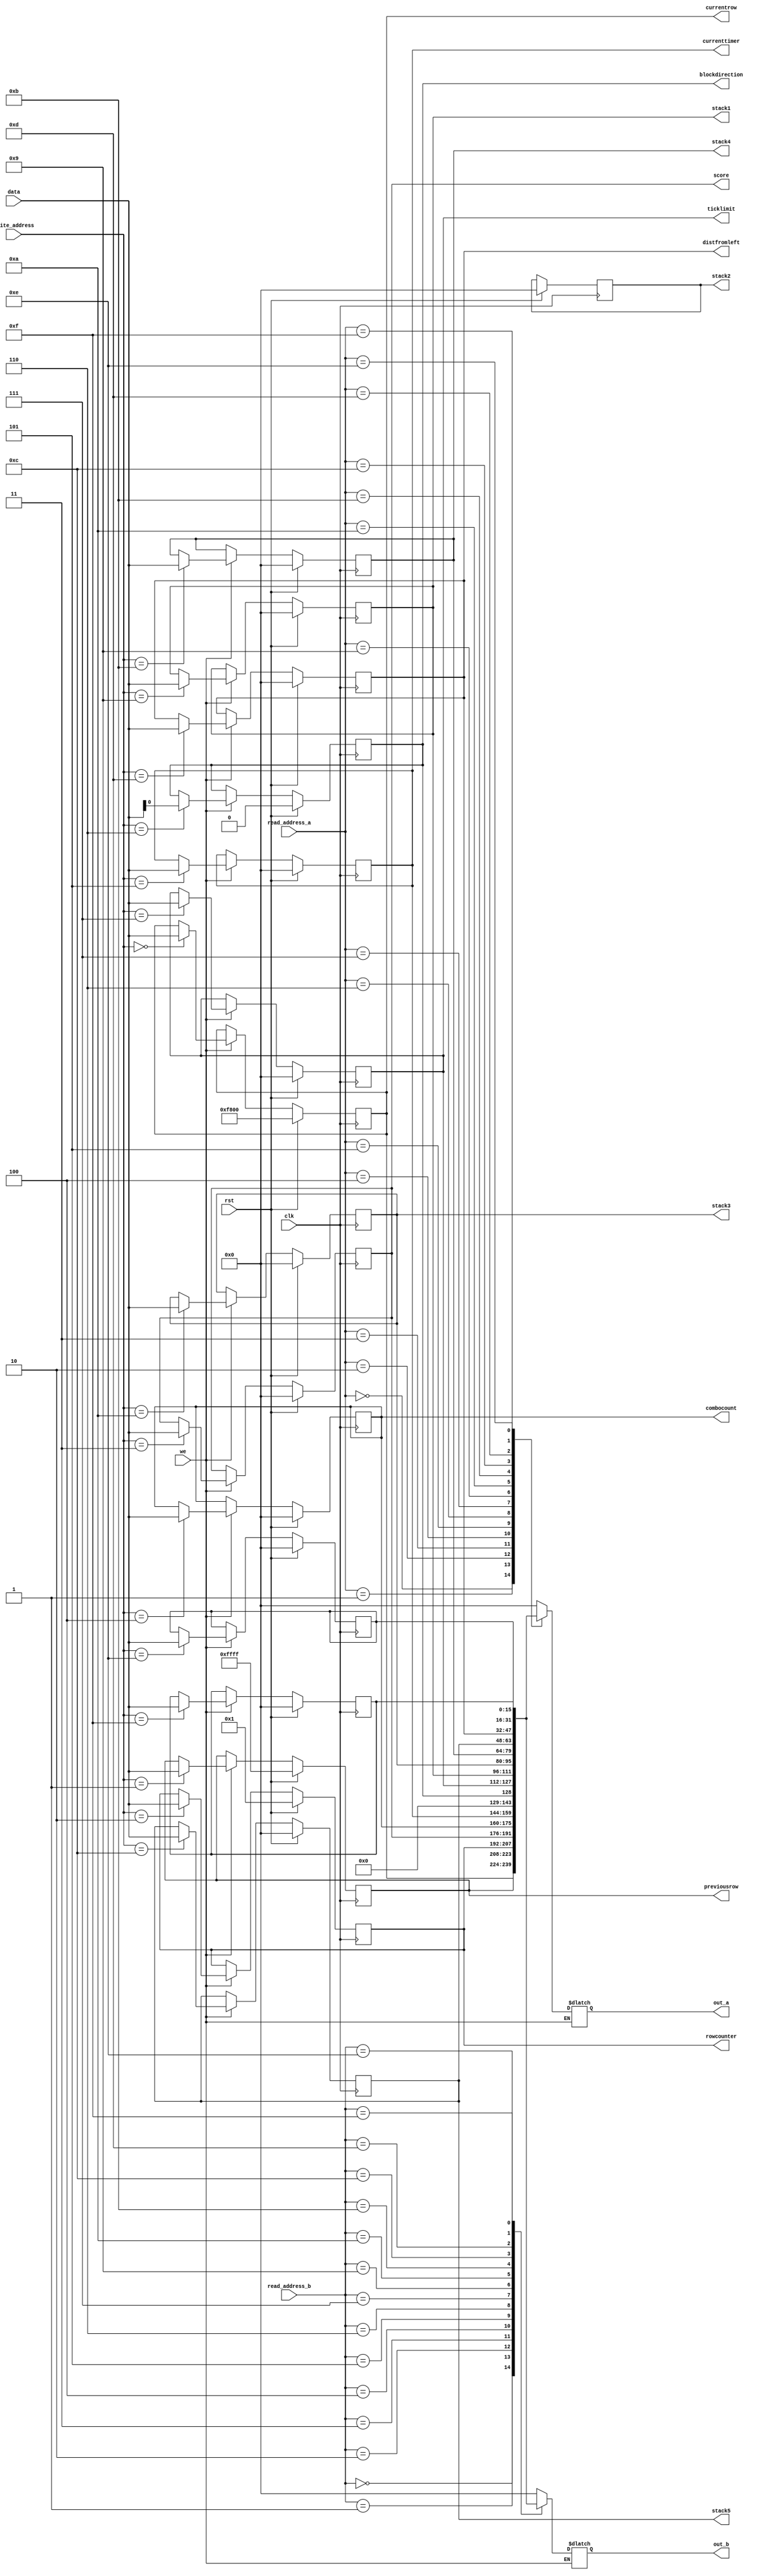
/*
   This file was generated automatically by Alchitry Labs version 1.2.7.
   Do not edit this file directly. Instead edit the original Lucid source.
   This is a temporary file and any changes made to it will be destroyed.
*/

module blockit_regfile_12 (
    input clk,
    input rst,
    input [3:0] write_address,
    input we,
    input [15:0] data,
    input [3:0] read_address_a,
    input [3:0] read_address_b,
    output reg [15:0] out_a,
    output reg [15:0] out_b,
    output reg [15:0] currentrow,
    output reg [15:0] previousrow,
    output reg [15:0] rowcounter,
    output reg [0:0] blockdirection,
    output reg [15:0] currenttimer,
    output reg [15:0] combocount,
    output reg [15:0] score,
    output reg [15:0] stack1,
    output reg [15:0] stack2,
    output reg [15:0] stack3,
    output reg [15:0] stack4,
    output reg [15:0] stack5,
    output reg [15:0] ticklimit,
    output reg [15:0] distfromleft
  );
  
  
  
  reg [15:0] M_current_row_d, M_current_row_q = 16'hf800;
  reg [15:0] M_previous_row_d, M_previous_row_q = 16'hffff;
  reg [0:0] M_block_direction_d, M_block_direction_q = 1'h0;
  reg [15:0] M_row_counter_d, M_row_counter_q = 1'h1;
  reg [15:0] M_totalscore_d, M_totalscore_q = 1'h0;
  reg [15:0] M_combo_count_d, M_combo_count_q = 1'h0;
  reg [15:0] M_current_timer_d, M_current_timer_q = 1'h0;
  reg [15:0] M_tick_limit_d, M_tick_limit_q = 1'h0;
  reg [15:0] M_stack_1_d, M_stack_1_q = 1'h0;
  reg [15:0] M_stack_2_d, M_stack_2_q = 1'h0;
  reg [15:0] M_stack_3_d, M_stack_3_q = 1'h0;
  reg [15:0] M_stack_4_d, M_stack_4_q = 1'h0;
  reg [15:0] M_stack_5_d, M_stack_5_q = 1'h0;
  reg [15:0] M_dist_from_left_d, M_dist_from_left_q = 1'h0;
  reg [15:0] M_temp2_d, M_temp2_q = 1'h0;
  reg [15:0] M_temp_d, M_temp_q = 1'h0;
  
  always @* begin
    M_temp_d = M_temp_q;
    M_block_direction_d = M_block_direction_q;
    M_totalscore_d = M_totalscore_q;
    M_combo_count_d = M_combo_count_q;
    M_temp2_d = M_temp2_q;
    M_current_row_d = M_current_row_q;
    M_row_counter_d = M_row_counter_q;
    M_current_timer_d = M_current_timer_q;
    M_stack_3_d = M_stack_3_q;
    M_dist_from_left_d = M_dist_from_left_q;
    M_stack_4_d = M_stack_4_q;
    M_stack_5_d = M_stack_5_q;
    M_previous_row_d = M_previous_row_q;
    M_tick_limit_d = M_tick_limit_q;
    M_stack_1_d = M_stack_1_q;
    M_stack_2_d = M_stack_2_q;
    
    if (we) begin
      
      case (write_address)
        4'h0: begin
          M_current_row_d = data;
        end
        4'h1: begin
          M_previous_row_d = data;
        end
        4'h2: begin
          M_row_counter_d = data;
        end
        4'h3: begin
          M_totalscore_d = data;
        end
        4'h4: begin
          M_combo_count_d = data;
        end
        4'h5: begin
          M_current_timer_d = data;
        end
        4'h6: begin
          M_block_direction_d = data[0+0-:1];
        end
        4'h7: begin
          M_tick_limit_d = data;
        end
        4'h9: begin
          M_stack_1_d = data;
        end
        4'h9: begin
          M_stack_2_d = data;
        end
        4'ha: begin
          M_stack_3_d = data;
        end
        4'hb: begin
          M_stack_4_d = data;
        end
        4'hc: begin
          M_stack_5_d = data;
        end
        4'hd: begin
          M_dist_from_left_d = data;
        end
        4'he: begin
          M_temp2_d = data;
        end
        4'hf: begin
          M_temp_d = data;
        end
      endcase
      
      case (read_address_a)
        4'h0: begin
          out_a = M_current_row_q;
        end
        4'h1: begin
          out_a = M_previous_row_q;
        end
        4'h2: begin
          out_a = M_row_counter_q;
        end
        4'h3: begin
          out_a = M_totalscore_q;
        end
        4'h4: begin
          out_a = M_combo_count_q;
        end
        4'h5: begin
          out_a = M_current_timer_q;
        end
        4'h6: begin
          out_a = M_block_direction_q;
        end
        4'h7: begin
          out_a = M_tick_limit_q;
        end
        4'h9: begin
          out_a = M_stack_1_q;
        end
        4'h9: begin
          out_a = M_stack_2_q;
        end
        4'ha: begin
          out_a = M_stack_3_q;
        end
        4'hb: begin
          out_a = M_stack_4_q;
        end
        4'hc: begin
          out_a = M_stack_5_q;
        end
        4'hd: begin
          out_a = M_dist_from_left_q;
        end
        4'he: begin
          out_a = M_temp2_q;
        end
        4'hf: begin
          out_a = M_temp_q;
        end
        default: begin
          out_a = 1'h0;
        end
      endcase
      
      case (read_address_b)
        4'h0: begin
          out_b = M_current_row_q;
        end
        4'h1: begin
          out_b = M_previous_row_q;
        end
        4'h2: begin
          out_b = M_row_counter_q;
        end
        4'h3: begin
          out_b = M_totalscore_q;
        end
        4'h4: begin
          out_b = M_combo_count_q;
        end
        4'h5: begin
          out_b = M_current_timer_q;
        end
        4'h6: begin
          out_b = M_block_direction_q;
        end
        4'h7: begin
          out_b = M_tick_limit_q;
        end
        4'h9: begin
          out_b = M_stack_1_q;
        end
        4'h9: begin
          out_b = M_stack_2_q;
        end
        4'ha: begin
          out_b = M_stack_3_q;
        end
        4'hb: begin
          out_b = M_stack_4_q;
        end
        4'hc: begin
          out_b = M_stack_5_q;
        end
        4'hd: begin
          out_b = M_dist_from_left_q;
        end
        4'he: begin
          out_b = M_temp2_q;
        end
        4'hf: begin
          out_b = M_temp_q;
        end
        default: begin
          out_b = 1'h0;
        end
      endcase
    end
    currentrow = M_current_row_q;
    previousrow = M_previous_row_q;
    rowcounter = M_row_counter_q;
    score = M_totalscore_q;
    combocount = M_combo_count_q;
    currenttimer = M_current_timer_q;
    blockdirection = M_block_direction_q;
    stack1 = M_stack_1_q;
    stack2 = M_stack_2_q;
    stack3 = M_stack_3_q;
    stack4 = M_stack_4_q;
    stack5 = M_stack_5_q;
    distfromleft = M_dist_from_left_q;
    ticklimit = M_tick_limit_q;
  end
  
  always @(posedge clk) begin
    if (rst == 1'b1) begin
      M_current_row_q <= 16'hf800;
      M_previous_row_q <= 16'hffff;
      M_block_direction_q <= 1'h0;
      M_row_counter_q <= 1'h1;
      M_totalscore_q <= 1'h0;
      M_combo_count_q <= 1'h0;
      M_current_timer_q <= 1'h0;
      M_tick_limit_q <= 1'h0;
      M_stack_1_q <= 1'h0;
      M_stack_2_q <= 1'h0;
      M_stack_3_q <= 1'h0;
      M_stack_4_q <= 1'h0;
      M_stack_5_q <= 1'h0;
      M_dist_from_left_q <= 1'h0;
      M_temp2_q <= 1'h0;
      M_temp_q <= 1'h0;
    end else begin
      M_current_row_q <= M_current_row_d;
      M_previous_row_q <= M_previous_row_d;
      M_block_direction_q <= M_block_direction_d;
      M_row_counter_q <= M_row_counter_d;
      M_totalscore_q <= M_totalscore_d;
      M_combo_count_q <= M_combo_count_d;
      M_current_timer_q <= M_current_timer_d;
      M_tick_limit_q <= M_tick_limit_d;
      M_stack_1_q <= M_stack_1_d;
      M_stack_2_q <= M_stack_2_d;
      M_stack_3_q <= M_stack_3_d;
      M_stack_4_q <= M_stack_4_d;
      M_stack_5_q <= M_stack_5_d;
      M_dist_from_left_q <= M_dist_from_left_d;
      M_temp2_q <= M_temp2_d;
      M_temp_q <= M_temp_d;
    end
  end
  
endmodule